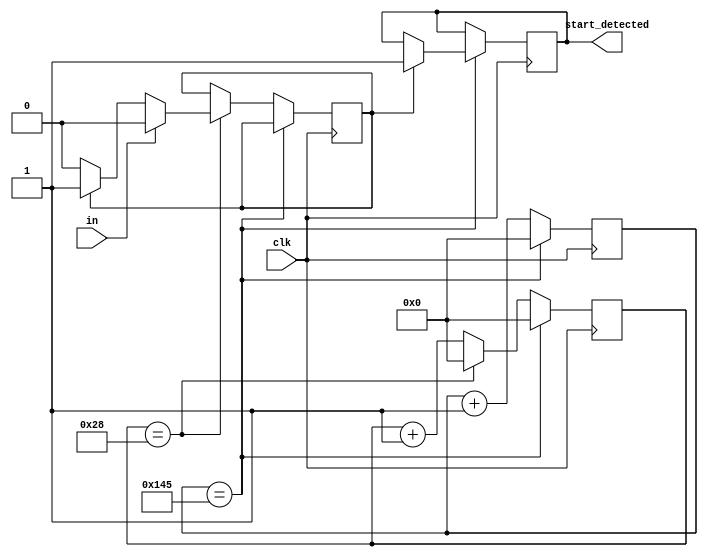
`timescale 1ns / 1ps
//////////////////////////////////////////////////////////////////////////////////
// Company: 
// Engineer: 
// 
// Design Name: 
// Module Name:    Detect_start 
// Project Name: 
// Target Devices: 
// Tool versions: 
// Description: 
//
// Dependencies: 
//
// Revision: 
// Revision 0.01 - File Created
// Additional Comments: 
//
//////////////////////////////////////////////////////////////////////////////////
module Detect_Start(in, clk, start_detected);
input in;
input clk;
output reg start_detected = 1'bX;
reg [15:0] tot_count = 16'd0;
reg [15:0] curr_count = 16'd0;
reg temp_start;
always @(posedge clk) begin
	if(tot_count == 16'd325) begin
		if(temp_start == 1)
			start_detected <= temp_start;
		tot_count <= 16'd0;
		curr_count <= 16'd0;
	end
	else begin
		if(curr_count == 16'd40) begin
			if(in == 0) begin
				if(temp_start == 1'b0)
					temp_start <= 0;
				else
					temp_start <= 1;
			end
			else
				temp_start <= 0;
			curr_count <= 16'd0;
		end
		else
			curr_count <= curr_count + 1;
		tot_count <= tot_count + 1;
	end
end	
endmodule